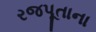
રજપૂતાના